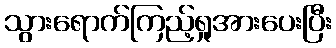
သွားရောက်ကြည့်ရှုအားပေးပြီး